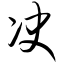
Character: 决